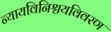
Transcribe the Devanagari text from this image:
न्यायविनिश्चयविवरण